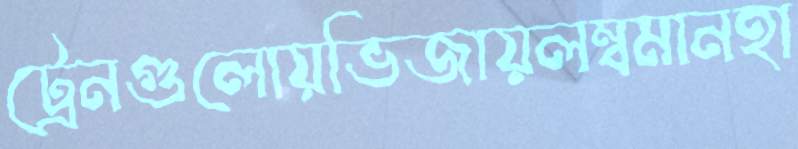
ট্রেনগুলোয়ভিজায়লম্বমানহা